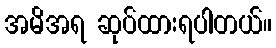
အမိအရ ဆုပ်ထားရပါတယ်။